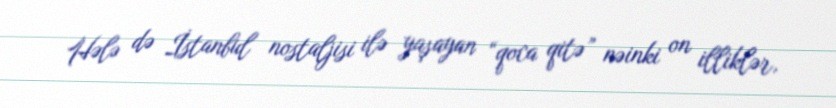
Hələ də İstanbul nostaljisi ilə yaşayan “qoca qitə” nəinki on illiklər,